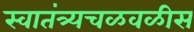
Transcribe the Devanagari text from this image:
स्वातंत्र्यचळवळीस